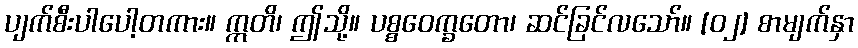
ပျက်စီးပါပေါ့တကား။ ဣတိ၊ ဤသို့။ ပစ္စဝေက္ခတော၊ ဆင်ခြင်လသော်။ [၀၂] စာမျက်နှာ